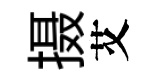
摄艾